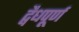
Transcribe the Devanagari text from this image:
द्वैधपूर्ण